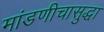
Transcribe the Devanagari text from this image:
मांडणीचासुद्धा